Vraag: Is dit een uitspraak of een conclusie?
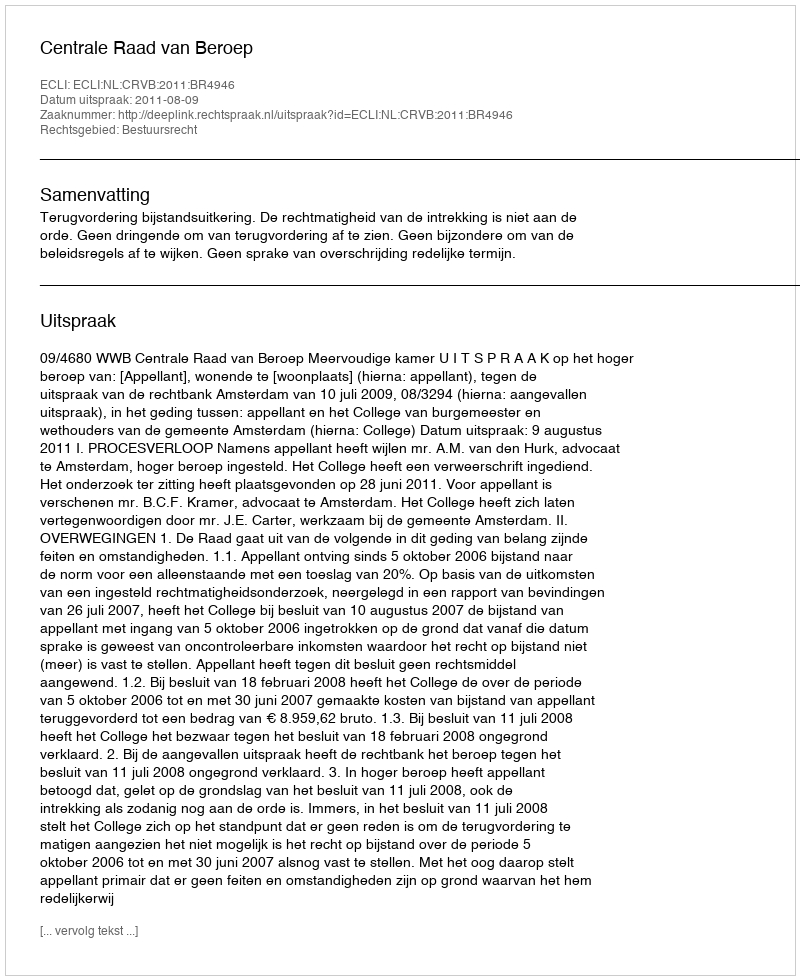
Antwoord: Uitspraak